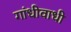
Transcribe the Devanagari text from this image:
गांधीवाधी